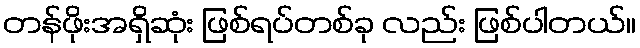
တန်ဖိုးအရှိဆုံး ဖြစ်ရပ်တစ်ခု လည်း ဖြစ်ပါတယ်။